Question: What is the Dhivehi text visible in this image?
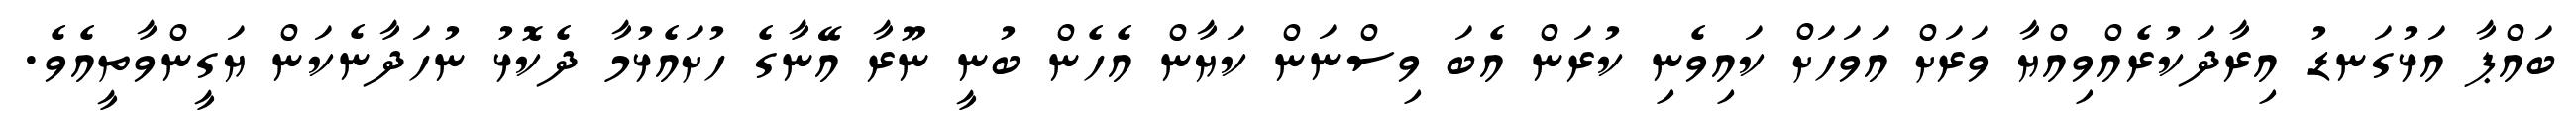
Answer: ބައްޕާ އަޅުގަނޑު އިރާދަކުރެއްވިއްޔާ ވަރަށް އަވަހަށް ކައިވެނި ކުރަން އެބަ ވިސްނަން ކަޔާން އެހެން ބުނީ ނޫރާ އޭނާގެ ހުށައެޅުމާ ދެކޮޅު ނުހަދާނެކަން ޔަގީންވާތީއެވެ.